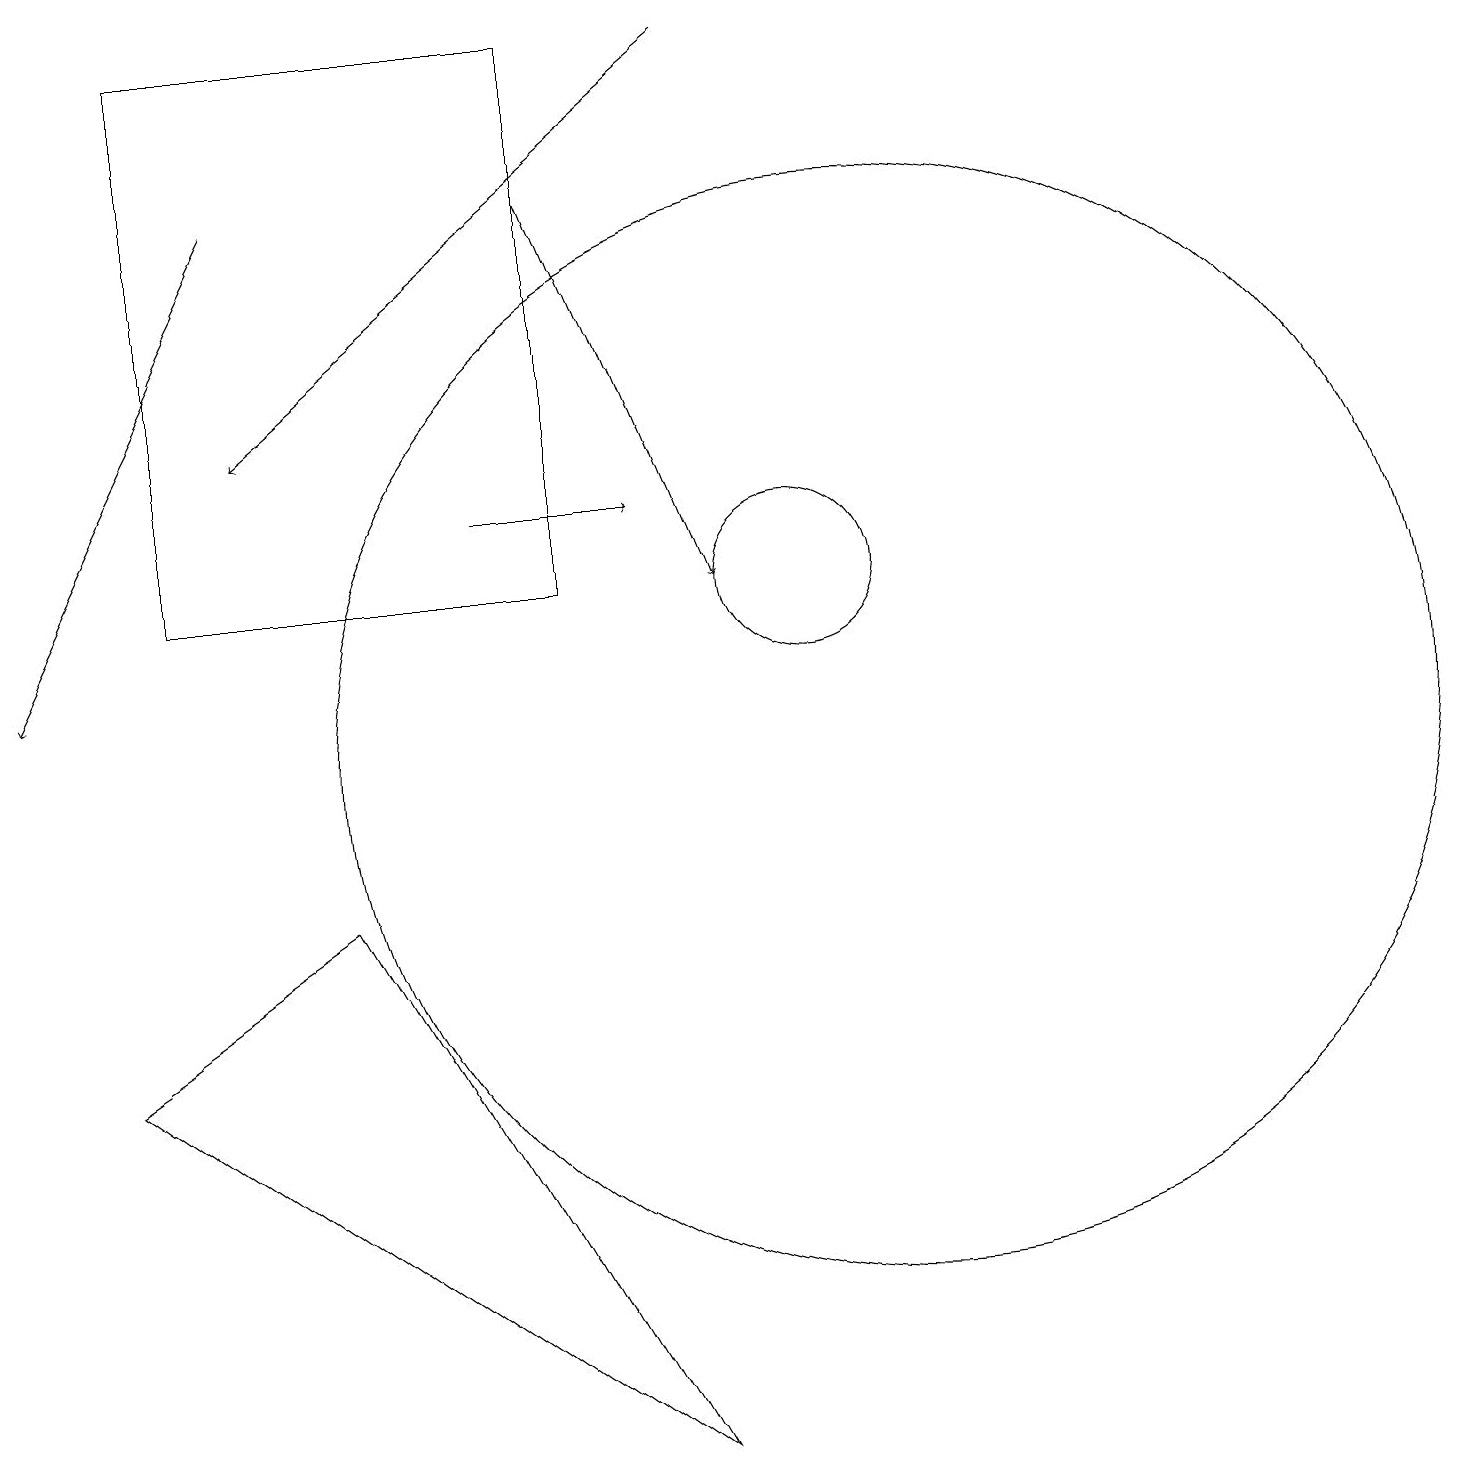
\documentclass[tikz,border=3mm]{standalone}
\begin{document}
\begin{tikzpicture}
\draw (1,6) -- (8,1) -- (4,8) -- cycle;
\draw[->] (3,17) -- (0,11);
\draw (11,10) circle (7);
\draw[->] (7,17) -- (9,12);
\draw (7,19) rectangle (2,12);
\draw (10,12) circle (1);
\draw[->] (9,19) -- (3,14);
\draw[->] (6,13) -- (8,13);
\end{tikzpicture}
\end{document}